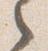
之